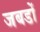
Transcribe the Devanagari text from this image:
जबडों